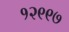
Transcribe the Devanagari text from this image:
१२९९७